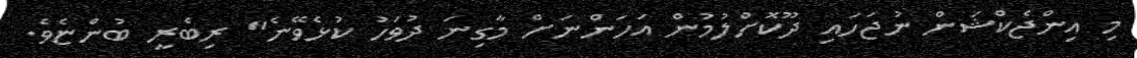
މި އިންޖެކްޝަން ނުޖަހައި ދޫކޮށްލުމުން އަހަންނަށް މާގިނަ ދުވަހު ކުޅެވޭނެ" ރިބެރީ ބުންޏެވެ.